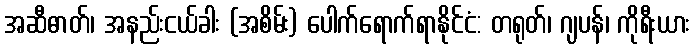
အဆီဓာတ်၊ အနည်းငယ်ခါး (အစိမ်း) ပေါက်ရောက်ရာနိုင်ငံ: တရုတ်၊ ဂျပန်၊ ကိုရီးယား